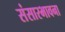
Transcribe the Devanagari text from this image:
संसारभावना